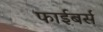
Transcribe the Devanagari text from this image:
फाईबर्स